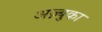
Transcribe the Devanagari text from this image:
अज़्बुका